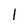
Character: 1